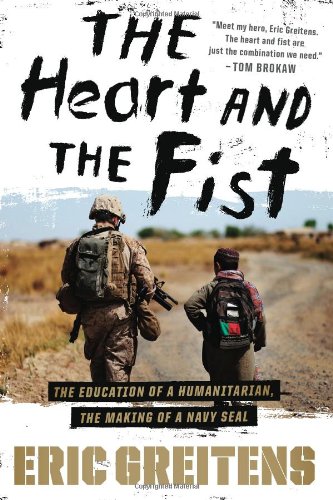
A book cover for The Heart and the Fist: The education of a humanitarian, the making of a Navy SEAL; Eric Greitens Navy SEAL; History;